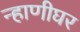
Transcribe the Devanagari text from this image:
न्हाणीघर